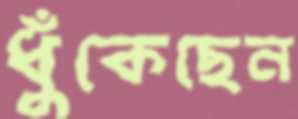
ধুঁকেছেন